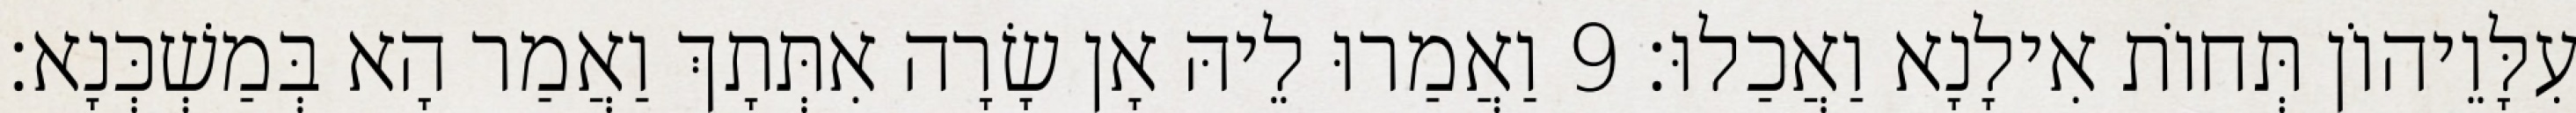
עִלָּוֵיהוֹן תְּחוֹת אִילָנָא וַאֲכַלוּ׃ 9 וַאֲמַרוּ לֵיהּ אָן שָׂרָה אִתְּתָךְ וַאֲמַר הָא בְּמַשְׁכְּנָא׃